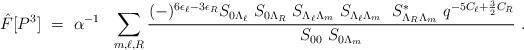
\begin{align*}{\hat F}[P^3]~=~{\alpha}^{-1}~~\sum_{m,\ell,R}{(-)^{6 \epsilon_{\ell} - 3\epsilon_R} {S_{0 \Lambda_{\ell}}~S_{0 \Lambda_R}~S_{ \Lambda_{\ell} \Lambda_m}~ S_{ \Lambda_{\ell} \Lambda_m}~~S^*_{ \Lambda_R \Lambda_m}~q^{-5C_{\ell} +{3 \over 2}C_R}}\over {S_{00}~S_{0 \Lambda_m}}}~.\end{align*}